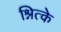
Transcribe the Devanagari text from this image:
श्नित्के